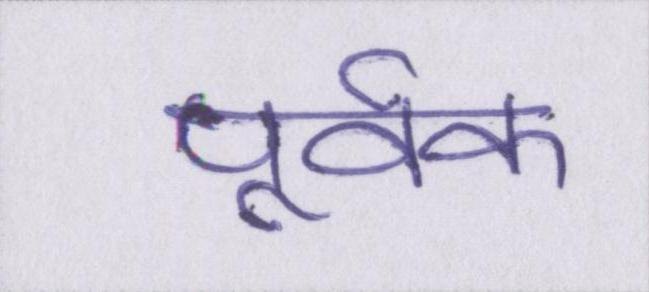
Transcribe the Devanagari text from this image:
पूर्वक